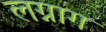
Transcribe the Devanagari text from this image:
लग्नाग